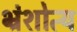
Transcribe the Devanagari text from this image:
भ्रंशोत्य